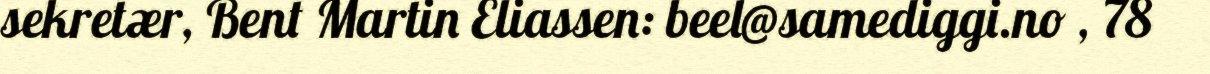
sekretær, Bent Martin Eliassen: beel@samediggi.no , 78